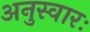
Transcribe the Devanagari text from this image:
अनुस्वारः